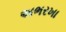
અભરખા